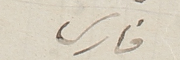
فارس